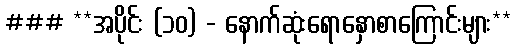
### **အပိုင်း (၁၀) - နောက်ဆုံးရောနှောစာကြောင်းများ**